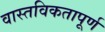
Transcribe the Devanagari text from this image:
वास्तविकतापूर्ण